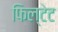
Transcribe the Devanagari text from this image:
फिल्टेट